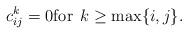
LaTeX: \begin{align*}c_{ij}^{k} = 0 \mbox{for}\;\,k \geq {\rm max}\{i,j\}.\end{align*}